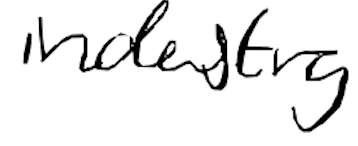
Text: industry
Cross-out: clean
Writing tool: digital_black